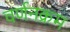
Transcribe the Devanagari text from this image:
वर्णनक्रम